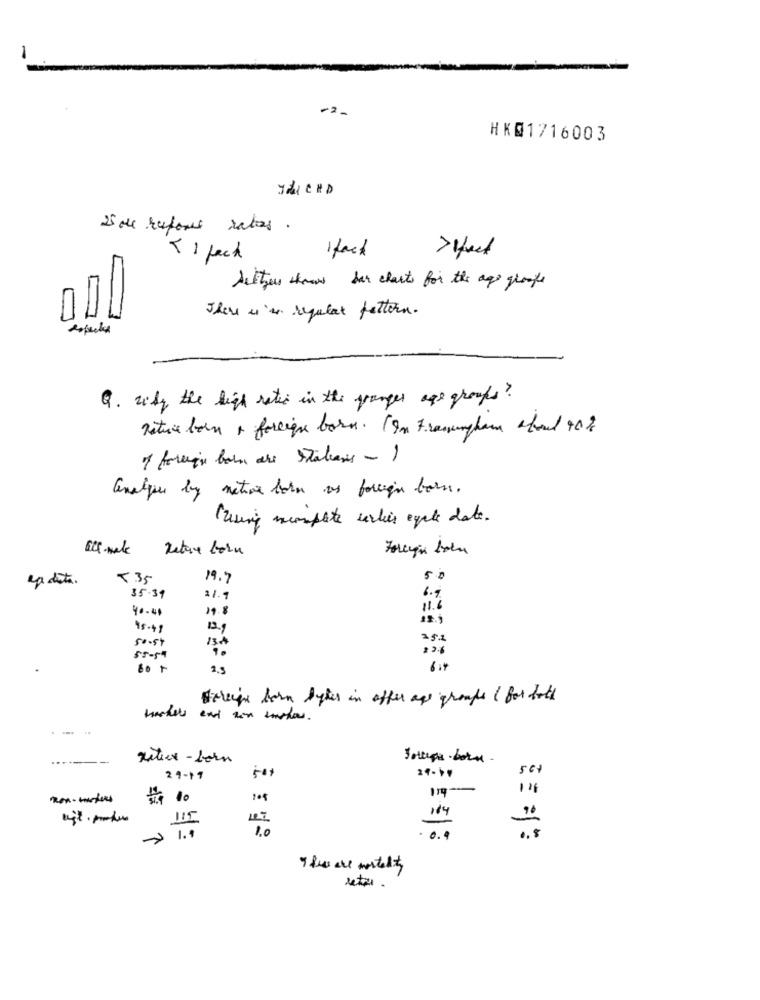
-
-2-
HK@1716003
THIRD
5 de reports rates.
1 fact
TI pack
Autres show bar charts for the age groups
There i'm regular fettern.
Q. why the high rate in the granger age groups?
native born a foreign barn. (In Fassungham about 40%
of foreign barn are Stations -)
analyse by nature born as foreign born.
(using monpote verlies cycle date.
en dita.
<35
19.7
6.9
35.39
21.9
40.40
19.8
11 .6
45.49
12.9
500st
352
2.3
6 .1
derein horn bytes in offer age groups ( for hold
-----
...
Metex- born
27-11
10.7
> 1.1
115
1,0
0 . 9
These are mortality